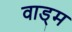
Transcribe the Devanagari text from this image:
वाड्म